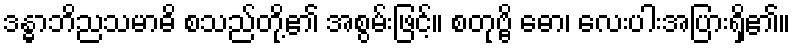
ဒန္ဓာဘိညသမာဓိ စသည်တို့၏ အစွမ်းဖြင့်။ စတုဗ္ဗိ ဓော၊ လေးပါးအပြားရှိ၏။